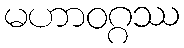
မဟာဝဂ္ဂဿ